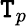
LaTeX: \mathtt{T}_{p}